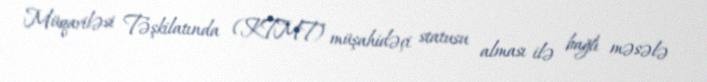
Müqaviləsi Təşkilatında (KTMT) müşahidəçi statusu alması ilə bağlı məsələ